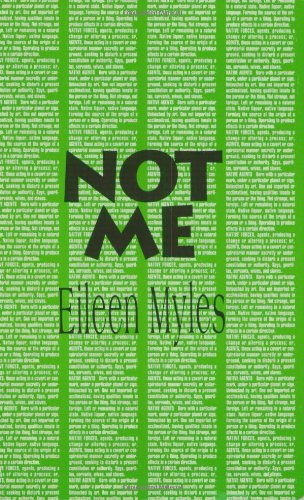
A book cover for Not Me (Native Agents); Eileen Myles; Gay & Lesbian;